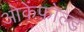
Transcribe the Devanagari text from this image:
ओकेंफोल्ड